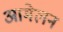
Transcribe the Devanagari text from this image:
आमेलन